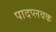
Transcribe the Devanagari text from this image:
पादप्लवक